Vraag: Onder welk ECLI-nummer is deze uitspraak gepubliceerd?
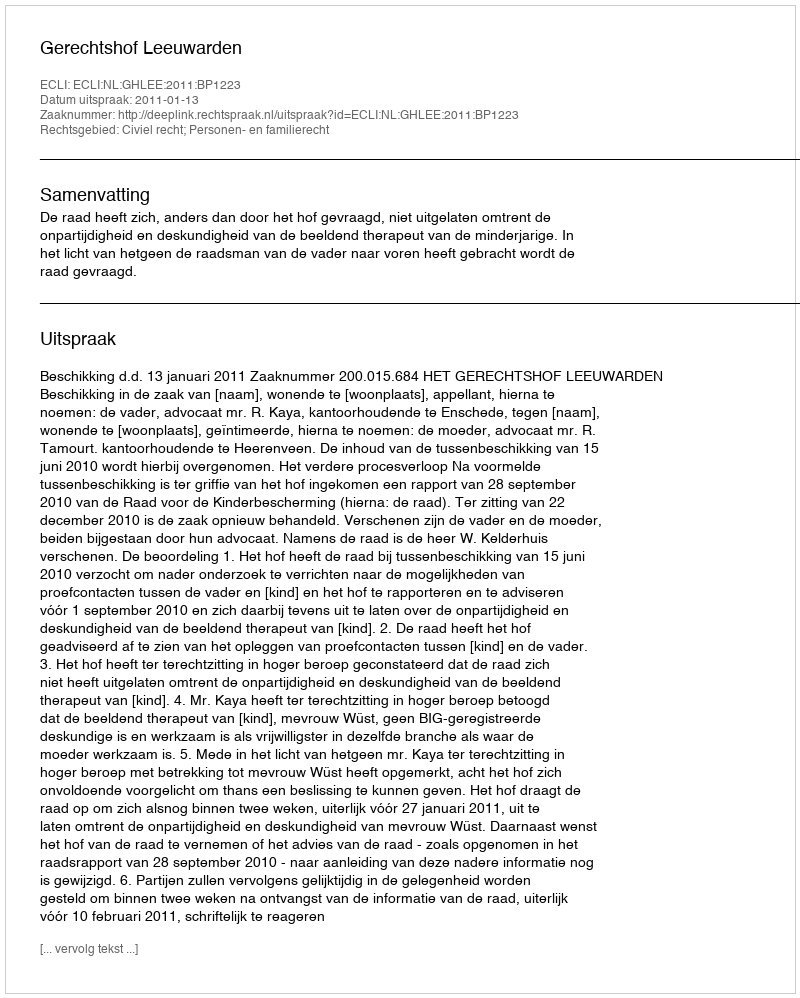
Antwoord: ECLI:NL:GHLEE:2011:BP1223